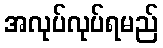
အလုပ်လုပ်ရမည်